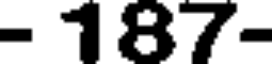
- 187-